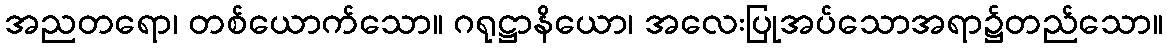
အညတရော၊ တစ်ယောက်သော။ ဂရုဋ္ဌာနိယော၊ အလေးပြုအပ်သောအရာ၌တည်သော။